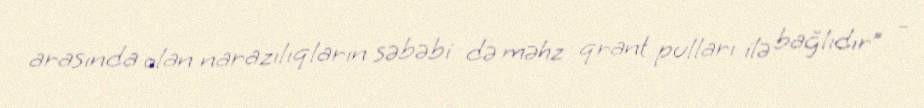
arasında olan narazılıqların səbəbi də məhz qrant pulları ilə bağlıdır” –